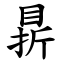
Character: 䁀